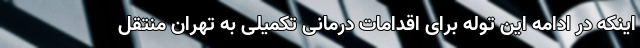
اینکه در ادامه این توله برای اقدامات درمانی تکمیلی به تهران منتقل